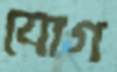
যোগ